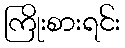
ကြိုးစားရင်း